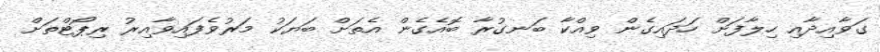
ގަވާއިދާއި ހިލާފަށް ހަދައިގެން ވިއްކާ ބަނގުރާ ބޮއެގެން އެތަށް ބަޔަކު މަރުވެފައިވާއިރު ރިޕޯޓްތަށް